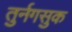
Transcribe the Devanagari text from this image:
तुर्नगसुक